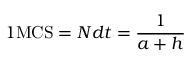
1 \mathrm { M C S } = N d t = \frac { 1 } { a + h }